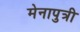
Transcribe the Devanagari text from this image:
मेनापुत्री